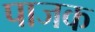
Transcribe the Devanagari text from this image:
पाजक